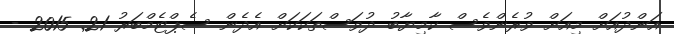
އަންދުއަށް މިއަށް ވުރެންވެސް ކާމިޔާބު ދުވަސްތަކަކަށް އެދެން ސެޕްޓެމްބަރު 21